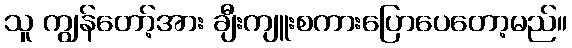
သူ ကျွန်တော့်အား ချီးကျူးစကားပြောပေတော့မည်။